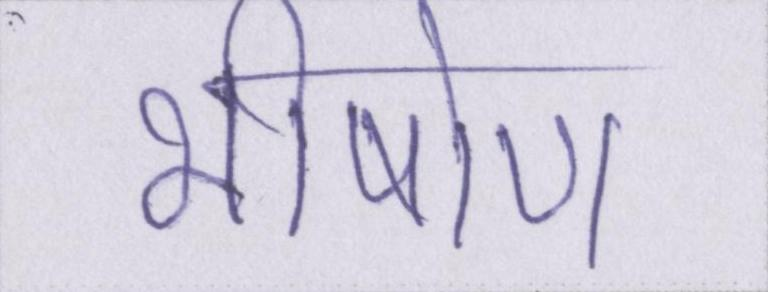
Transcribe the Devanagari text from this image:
भीषोण